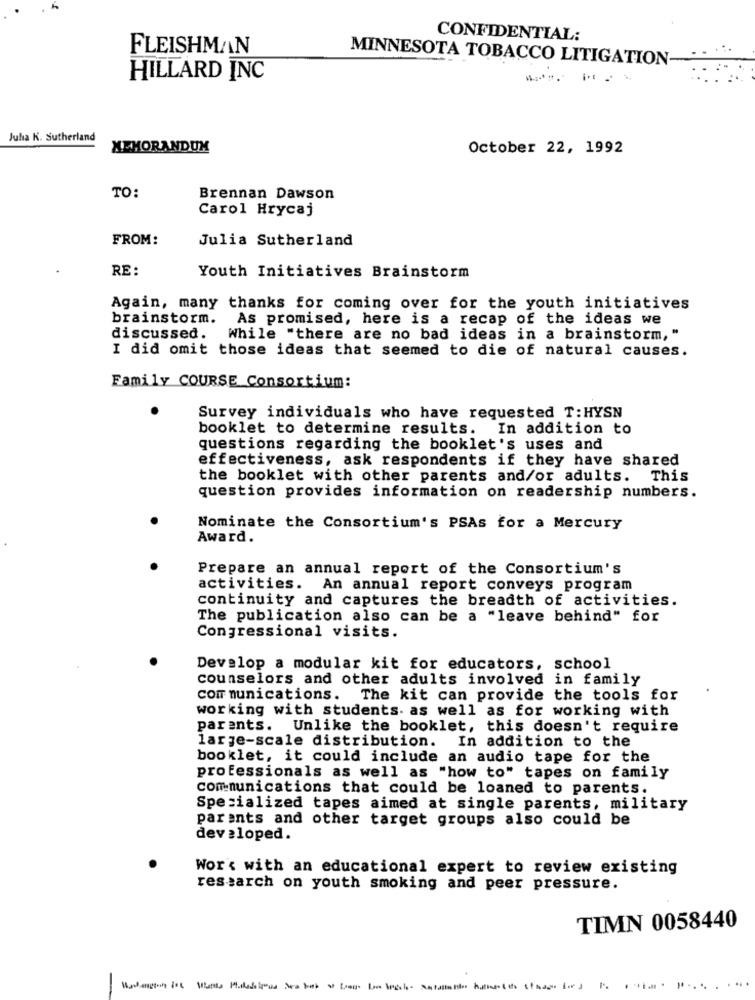
CONFIDENTIAL:
FLEISHMAN
MINNESOTA TOBACCO LITIGATION-
HILLARD INC
-- ---
Juha K. Sutherland
MEMORANDUM
October 22, 1992
TO:
Brennan Dawson
Carol Hrycaj
FROM:
Julia Sutherland
RE:
Youth Initiatives Brainstorm
Again, many thanks for coming over for the youth initiatives
brainstorm.
As promised, here is a recap of the ideas we
discussed.
While "there are no bad ideas in a brainstorm, "
I did omit those ideas that seemed to die of natural causes.
Family COURSE Consortium:
Survey individuals who have requested T: HYSN
booklet to determine results.
In addition to
questions regarding the booklet's uses and
effectiveness, ask respondents if they have shared
the booklet with other parents and/or adults.
This
question provides information on readership numbers.
Nominate the Consortium's PSAs for a Mercury
Award.
Prepare an annual report of the Consortium's
activities. An annual report conveys program
continuity and captures the breadth of activities.
The publication also can be a "leave behind" for
Congressional visits.
Develop a modular kit for educators, school
counselors and other adults involved in family
com munications.
The kit can provide the tools for
working with students. as well as for working with
parents.
Unlike the booklet, this doesn't require
large-scale distribution.
In addition to the
booklet, it could include an audio tape for the
professionals as well as "how to" tapes on family
communications that could be loaned to parents.
Specialized tapes aimed at single parents, military
parents and other target groups also could be
developed.
Wor's with an educational expert to review existing
research on youth smoking and peer pressure.
TIMN 0058440
-
...